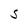
Character: S